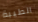
الطيبة